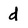
Character: d